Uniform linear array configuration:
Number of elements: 24
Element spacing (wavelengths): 0.25
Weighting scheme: binomial
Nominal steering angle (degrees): -45
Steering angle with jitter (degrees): -44.926
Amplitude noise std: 0.05
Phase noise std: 0.05

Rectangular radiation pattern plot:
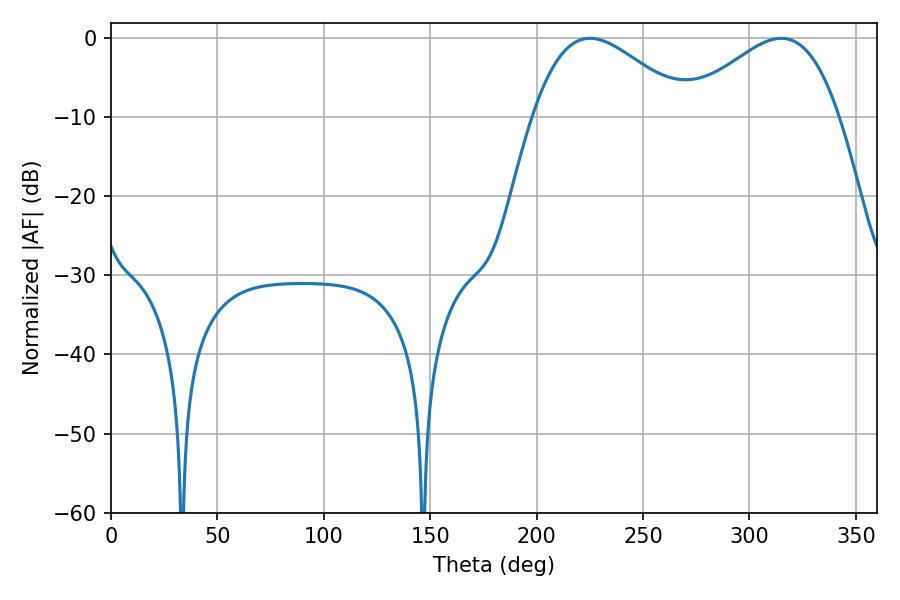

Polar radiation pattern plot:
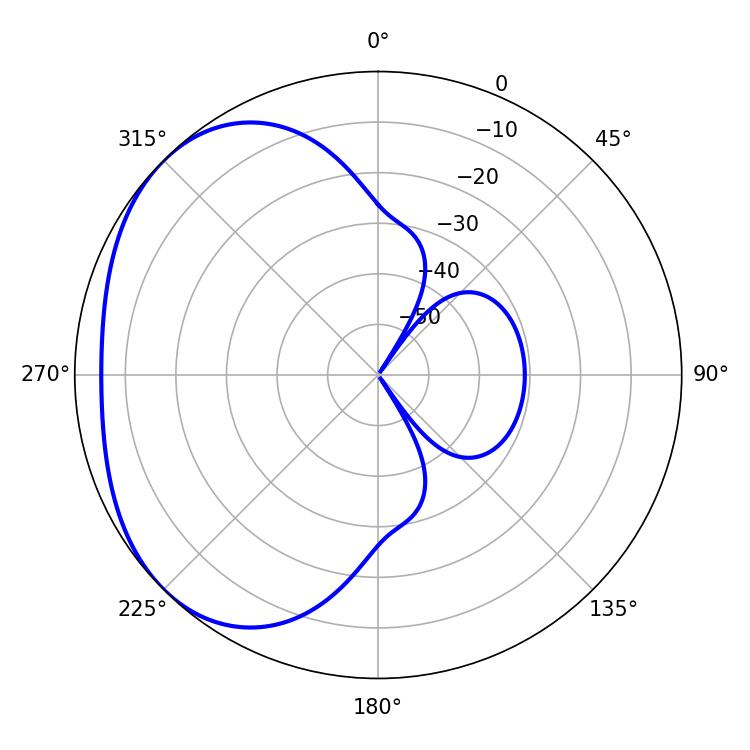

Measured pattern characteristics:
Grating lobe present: FALSE
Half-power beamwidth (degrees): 39.06
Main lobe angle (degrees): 225